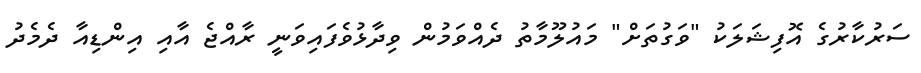
ސަރުކާރުގެ އޮފިޝަލަކު "ވަގުތަށް" މައުލޫމާތު ދެއްވަމުން ވިދާޅުވެފައިވަނީ ރާއްޖެ އާއި އިންޑިއާ ދެމެދު